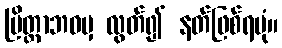
ပြိတ္တာဘဝမှ လွတ်၍ နတ်ဖြစ်ရပုံ။